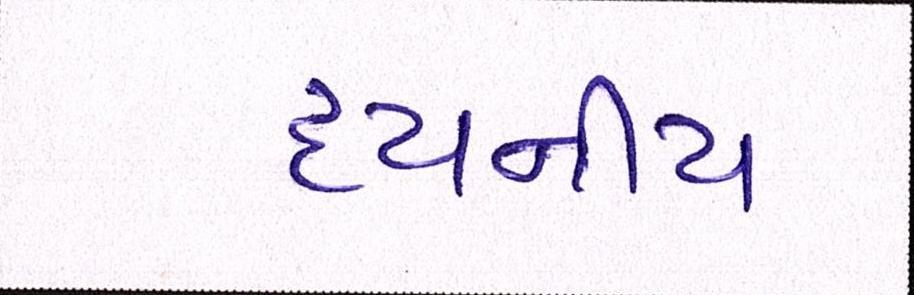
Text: દયનીય